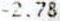
-2.78